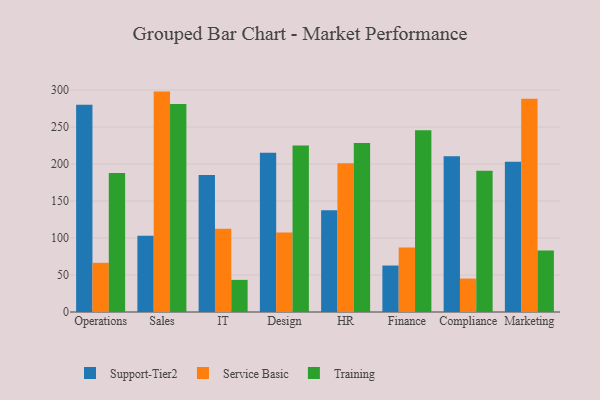
{"axis": {"x": "Department", "y": "LTV (USD)"}, "legend": ["Service Basic", "Support-Tier2", "Training"], "data": [{"x": "Operations", "y": 280.2, "type": "Support-Tier2"}, {"x": "Operations", "y": 66.5, "type": "Service Basic"}, {"x": "Operations", "y": 187.9, "type": "Training"}, {"x": "Sales", "y": 103.0, "type": "Support-Tier2"}, {"x": "Sales", "y": 297.9, "type": "Service Basic"}, {"x": "Sales", "y": 281.1, "type": "Training"}, {"x": "IT", "y": 185.1, "type": "Support-Tier2"}, {"x": "IT", "y": 112.6, "type": "Service Basic"}, {"x": "IT", "y": 43.4, "type": "Training"}, {"x": "Design", "y": 215.1, "type": "Support-Tier2"}, {"x": "Design", "y": 107.4, "type": "Service Basic"}, {"x": "Design", "y": 225.1, "type": "Training"}, {"x": "HR", "y": 137.4, "type": "Support-Tier2"}, {"x": "HR", "y": 201.1, "type": "Service Basic"}, {"x": "HR", "y": 228.3, "type": "Training"}, {"x": "Finance", "y": 62.8, "type": "Support-Tier2"}, {"x": "Finance", "y": 87.1, "type": "Service Basic"}, {"x": "Finance", "y": 245.5, "type": "Training"}, {"x": "Compliance", "y": 210.4, "type": "Support-Tier2"}, {"x": "Compliance", "y": 45.2, "type": "Service Basic"}, {"x": "Compliance", "y": 191.0, "type": "Training"}, {"x": "Marketing", "y": 203.2, "type": "Support-Tier2"}, {"x": "Marketing", "y": 288.3, "type": "Service Basic"}, {"x": "Marketing", "y": 83.1, "type": "Training"}]}